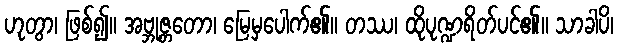
ဟုတွာ၊ ဖြစ်၍။ အဗ္ဘုဇ္တတော၊ မြေမှပေါက်၏။ တဿ၊ ထိုပုဏ္ဍရိတ်ပင်၏။ သာခါပိ၊